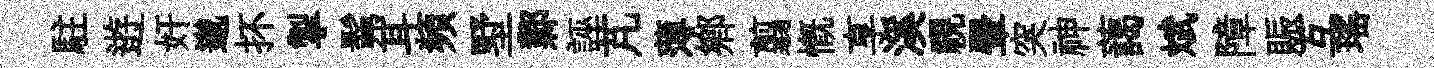
駐逰奸邈抔掣髴耳頻墅鄴誣芃薄郷翦慨享溪視翬突神藹斌障賑互瑤